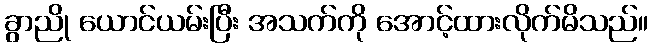
ခွာညို ယောင်ယမ်းပြီး အသက်ကို အောင့်ထားလိုက်မိသည်။